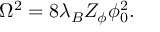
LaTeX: \Omega ^ { 2 } = 8 \lambda _ { B } Z _ { \phi } \phi _ { 0 } ^ { 2 } .